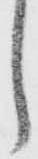
し